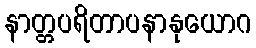
နာတ္တပရိတာပနာနုယောဂ